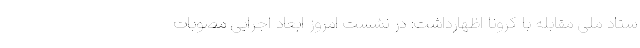
ستاد ملی مقابله با کرونا اظهارداشت: در نشست امروز ابعاد اجرایی مصوبات